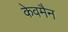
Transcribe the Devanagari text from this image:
केवमैन